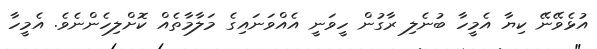
އުޅެވޭނޭ ކިޔާ އެމީހާ ބުނެލި ރާގުން ހީވަނީ އެއްވަނައިގެ މަލާމާތެއް ކޮށްލިހެންނެވެ. އެމީހާ